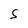
Character: s